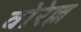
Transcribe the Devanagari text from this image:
वोरेल्ल